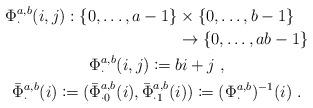
LaTeX: \begin{align*}\begin{gathered}\begin{multlined}\Phi_\cdot^{a,b}(i,j): \{0,\ldots,a-1\}\times \{0,\ldots,b-1\}\\\rightarrow \{0,\ldots,ab-1\}\end{multlined}\\\Phi_\cdot^{a,b}(i,j) \coloneqq bi+j\;,\\\bar{\Phi}_\cdot^{a,b}(i) \coloneqq (\bar{\Phi}_{\cdot 0}^{a,b}(i), \bar{\Phi}_{\cdot 1}^{a,b}(i)) \coloneqq (\Phi_\cdot^{a,b})^{-1}(i)\;.\end{gathered}\end{align*}